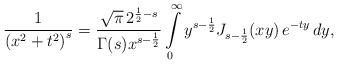
LaTeX: \begin{align*}\frac{1}{\left(x^{2}+t^{2}\right)^{s}}=\frac{\sqrt{\pi}\,2^{\frac{1}{2}-s}}{\Gamma(s)x^{s-\frac{1}{2}}}\intop_{0}^{\infty}y^{s-\frac{1}{2}}J_{s-\frac{1}{2}}(xy)\,e^{-ty}\,dy,\end{align*}